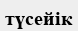
түсейік